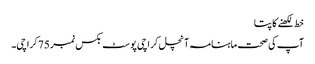
خط لکھنے کا پتا
آپ کی صحت ماہنامہ آنچل کراچی پوسٹ بکس نمبر75 کراچی۔